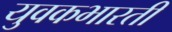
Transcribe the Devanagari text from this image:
युवकभारती